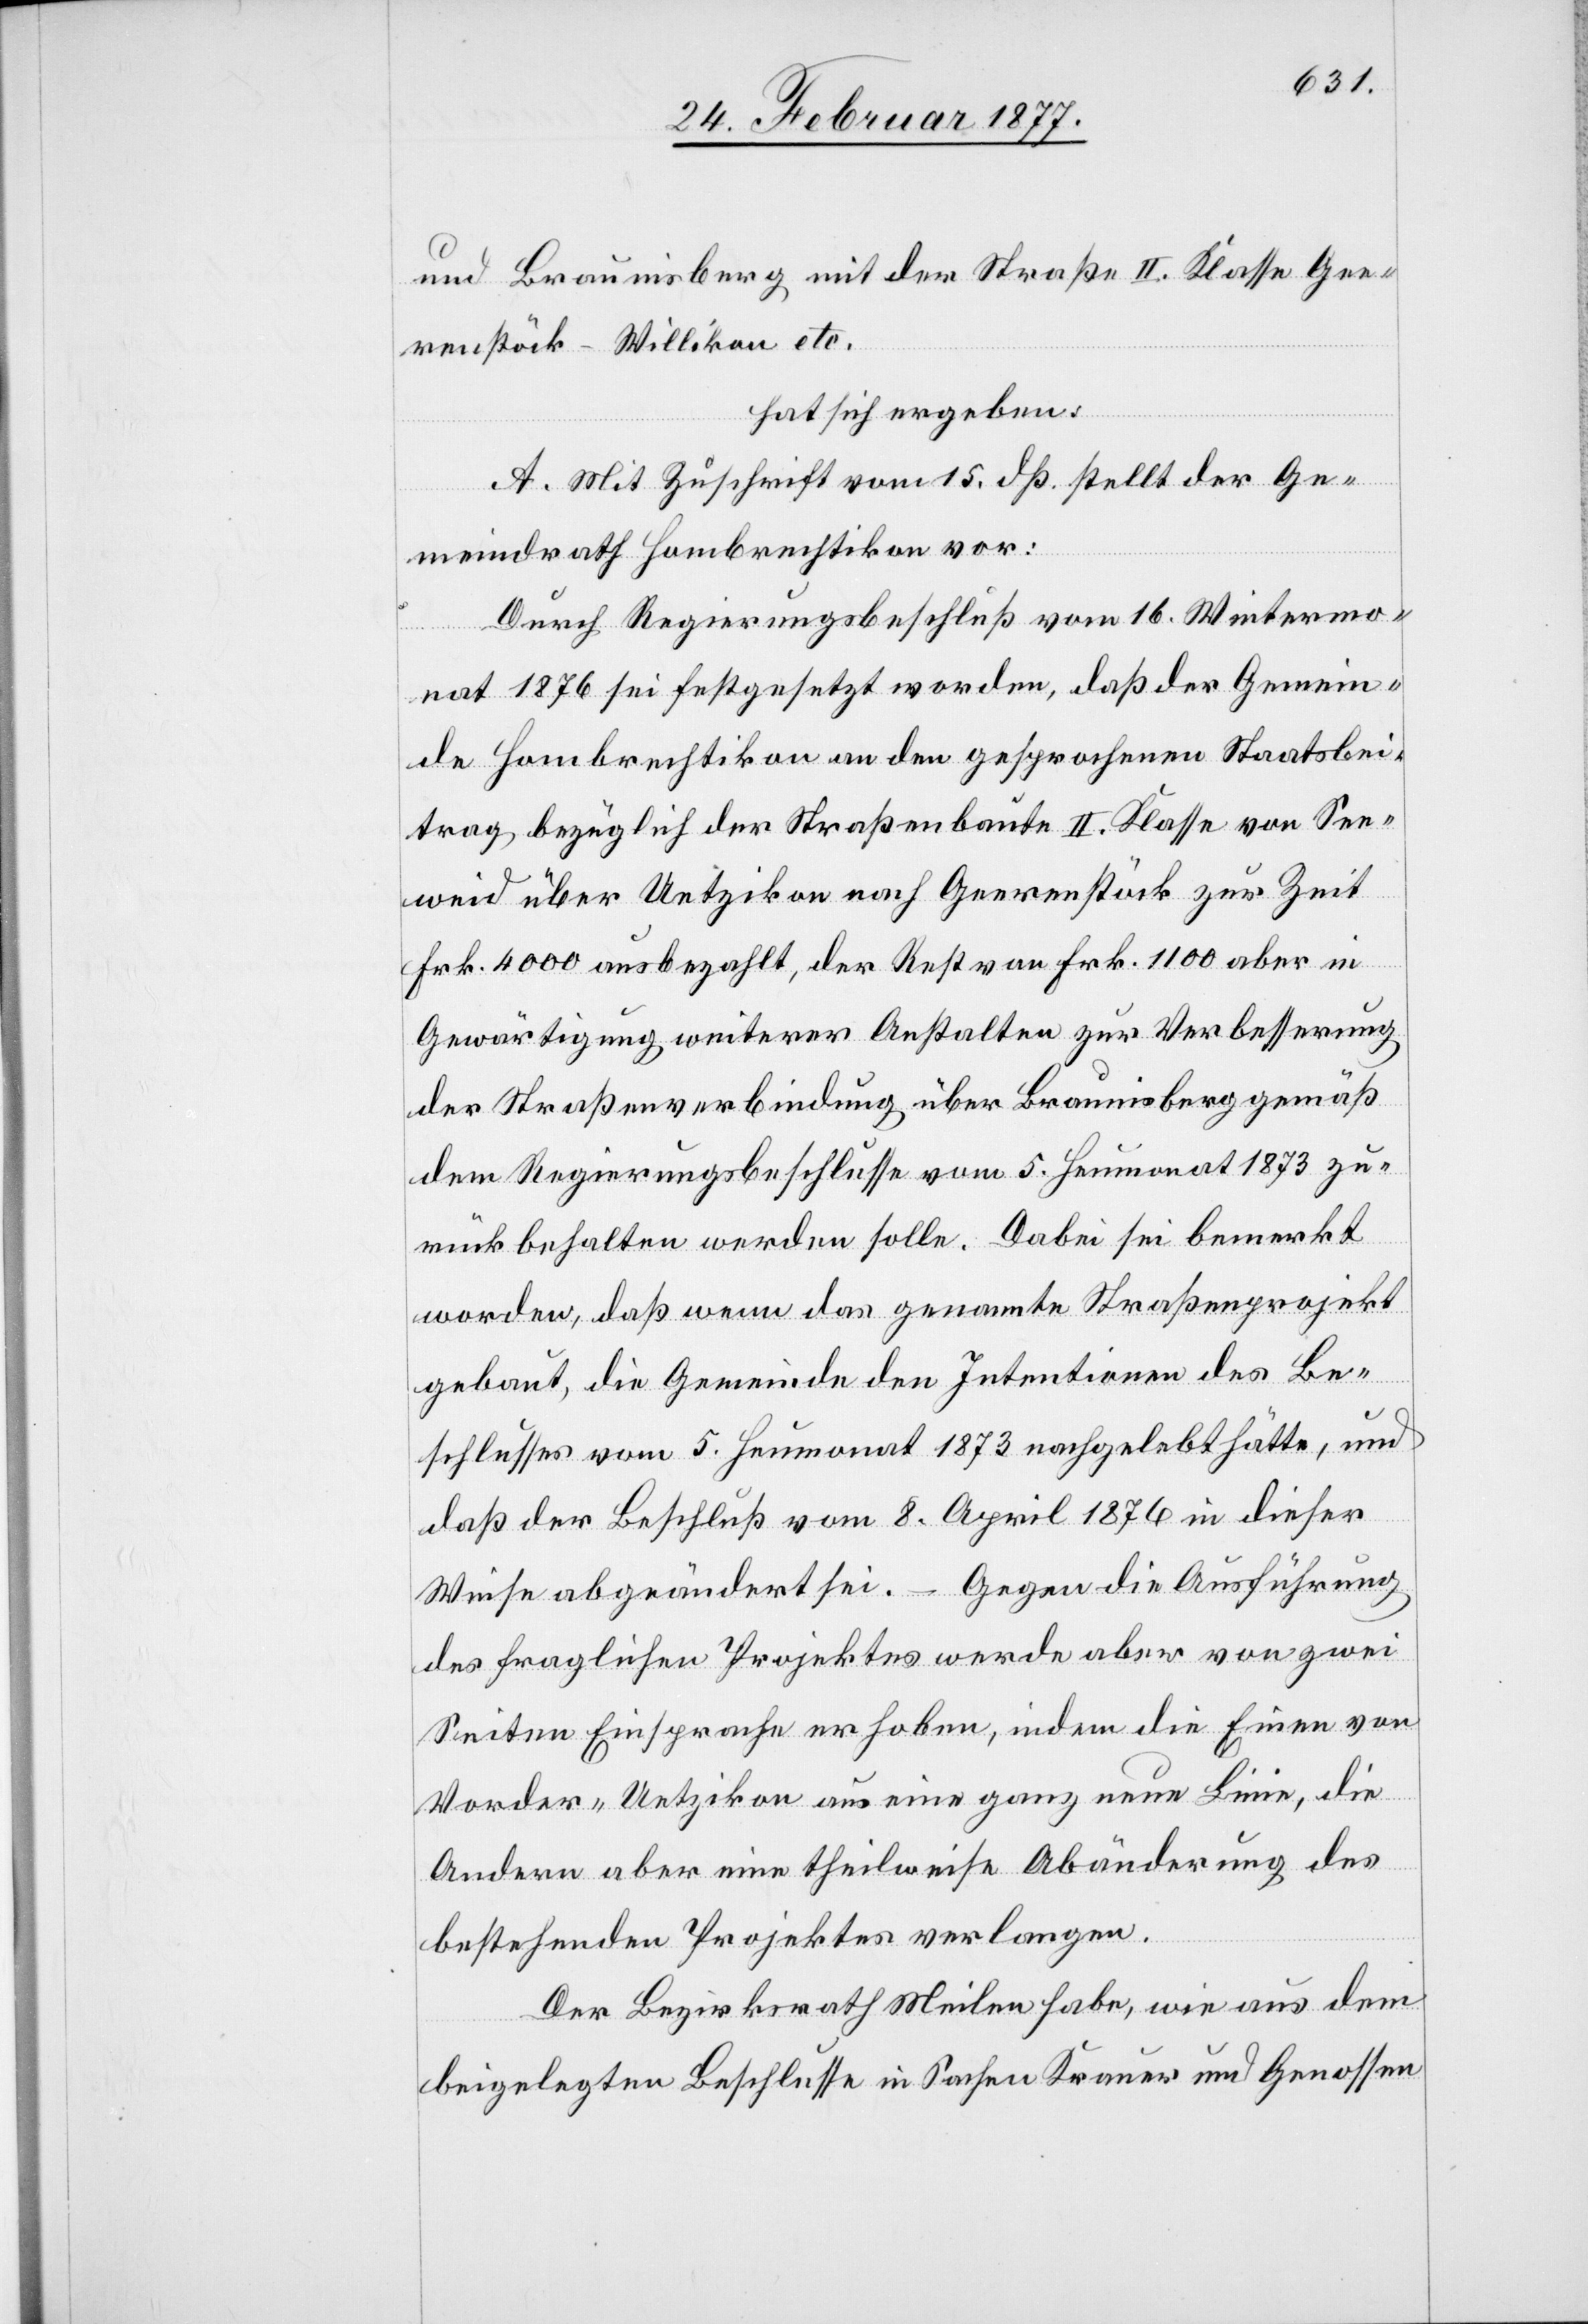
und Braunisberg mit der Straße II. Klasse Gee¬
renstöck–Willikon etc.
hat sich ergeben:
A. Mit Zuschrift vom 15. dß. stellt der Ge¬
meindrath Hombrechtikon vor:
Durch Regierungsbeschluß vom 16. Wintermo¬
nat 1876 sei festgesetzt worden, daß der Gemein¬
de Hombrechtikon an den gesprochenen Staatsbei¬
trag bezüglich der Straßenbaute II. Klasse von See¬
weid über Uetzikon nach Geerenstöck zur Zeit
Frk. 4000 ausbezahlt, der Rest von Frk. 1100 aber in
Gewärtigung weiterer Anstalten zur Verbesserung
der Straßenverbindung über Braunisberg gemäß
dem Regierungsbeschlusse vom 5. Heumonat 1873 zu¬
rückbehalten werden solle. Dabei sei bemerkt
worden, daß wenn das genannte Straßenprojekt
gebaut, die Gemeinde den Intentionen des Be¬
schlusses vom 5. Heumonat 1873 nachgelebt hätte, und
daß der Beschluß vom 8. April 1876 in dieser
Weise abgeändert sei. – Gegen die Ausführung
des fraglichen Projektes werde aber von zwei
Seiten Einsprache erhoben, indem die Einen von
Vorder-Uetzikon aus eine ganz neue Linie, die
Andern aber eine theilweise Abänderung des
bestehenden Projektes verlangen.
Der Bezirksrath Meilen habe, wie aus dem
beigelegten Beschlusse in Sachen Krauer und Genossen